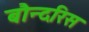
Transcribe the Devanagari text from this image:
बौन्दरिस